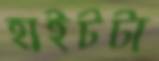
হাইটটা